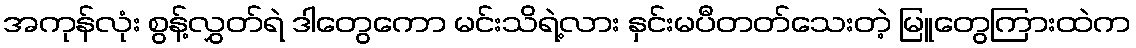
အကုန်လုံး စွန့်လွှတ်ရဲ ဒါတွေကော မင်းသိရဲ့လား နှင်းမပီတတ်သေးတဲ့ မြူတွေကြားထဲက